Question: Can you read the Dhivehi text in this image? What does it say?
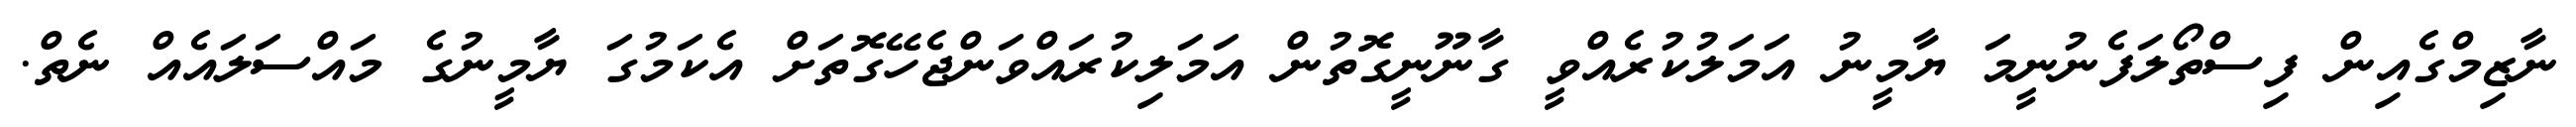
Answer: ނާޒިމްގެއިން ފިސްތޯލަފެނުނީމަ ޔާމީނު އަމަލުކުރެއްވީ ގާނޫނީގޮތުން އަމަލިކުރައްވަންޖެހޭގޮތަށް އެކަމުގަ ޔާމީނުގެ މައްސަލައެއް ނެތް.